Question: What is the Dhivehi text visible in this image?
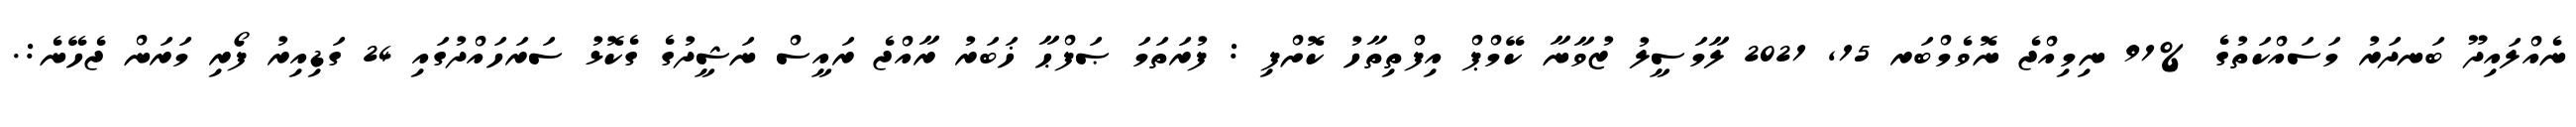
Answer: ނެއްލައިދޫ ބަނދަރު މަސައްކަތުގެ %91 ނިމިއްޖެ ނޮވެމްބަރ 15, 2021 ލާމަސީލު ޒުވާނާ ކޭމްޕް އިފްތިތާހު ކޮށްފި : ފުރަތަމަ ޞަފްޙާ ޚަބަރު ރާއްޖެ ރައީސް ނަޝީދުގެ ގެކޮޅު ސަރަހައްދުގައި 24 ގަޑިއިރު ފޯރި މަރަން ޖެހޭނެ:.